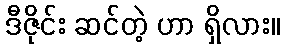
ဒီဇိုင်း ဆင်တဲ့ ဟာ ရှိလား။